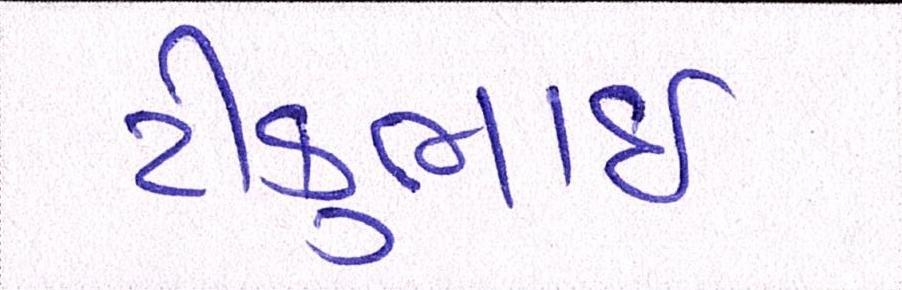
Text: ટીકુભાઇ